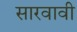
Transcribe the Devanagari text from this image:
सारवावी